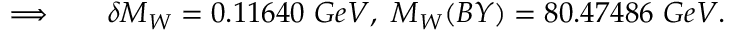
\begin{array} { r l r } { \Longrightarrow } & { { } } & { \delta M _ { W } = 0 . 1 1 6 4 0 \ G e V , \ M _ { W } ( B Y ) = 8 0 . 4 7 4 8 6 \ G e V . } \end{array}